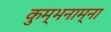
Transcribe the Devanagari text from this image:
कुम्भनाम्ना